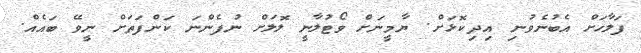
ފަލާހަށް އެބުނެވުނި އިދިކޮޅަށް. ޔާމީނަށް ވޯޓުލާނީ ލޮލަށް ނުފެންނަ ކަންފަތަށް ނީވޭ ބައެއް.